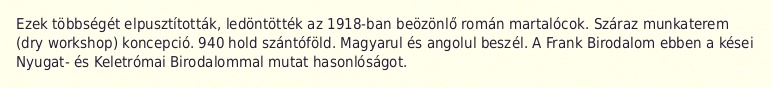
Ezek többségét elpusztították, ledöntötték az 1918-ban beözönlő román martalócok. Száraz munkaterem (dry workshop) koncepció. 940 hold szántóföld. Magyarul és angolul beszél. A Frank Birodalom ebben a kései Nyugat- és Keletrómai Birodalommal mutat hasonlóságot.